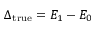
\Delta _ { \mathrm { t r u e } } = E _ { 1 } - E _ { 0 }